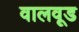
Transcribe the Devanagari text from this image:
वालवूड